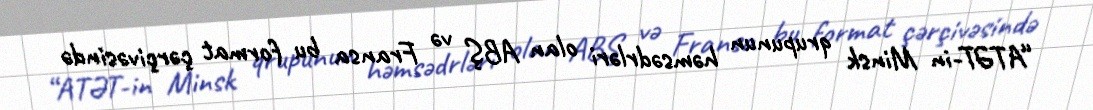
“ATƏT-in Minsk qrupunun həmsədrləri olan ABŞ və Fransa bu format çərçivəsində